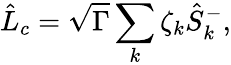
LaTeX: \hat{L}_{c}=\sqrt{\Gamma}\sum_{k}\zeta_{k}\hat{S}_{k}^{-},